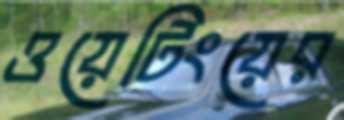
ওয়েটিংয়ের